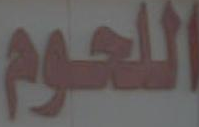
اللحوم